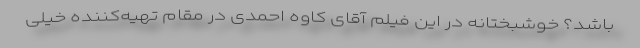
باشد؟ خوشبختانه در این فیلم آقای کاوه احمدی در مقام تهیه‌کننده خیلی